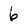
Character: 6